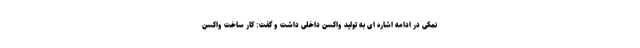
نمکی در ادامه اشاره ای به تولید واکسن داخلی داشت و گفت: کار ساخت واکسن